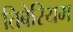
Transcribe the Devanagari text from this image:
तिबेरियम